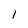
Character: 1